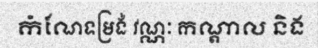
កំណែទម្រង់ វណ្ណៈ កណ្តាល និង